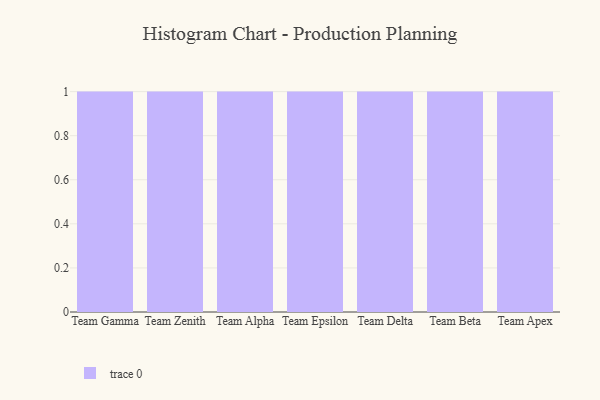
{"axis": {"x": "Team", "y": "Gross Profit (USD K)"}, "legend": [""], "data": [{"x": "Team Gamma", "y": 58, "type": ""}, {"x": "Team Zenith", "y": 25, "type": ""}, {"x": "Team Alpha", "y": 28, "type": ""}, {"x": "Team Epsilon", "y": 5, "type": ""}, {"x": "Team Delta", "y": 56, "type": ""}, {"x": "Team Beta", "y": 14, "type": ""}, {"x": "Team Apex", "y": 36, "type": ""}]}